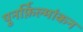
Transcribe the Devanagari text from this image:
पुनर्फ़िल्मांकन